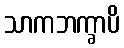
သာကဘက္ခာပိ